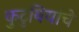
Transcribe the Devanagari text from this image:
कुटुबियांचे